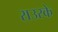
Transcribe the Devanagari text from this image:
राउरके